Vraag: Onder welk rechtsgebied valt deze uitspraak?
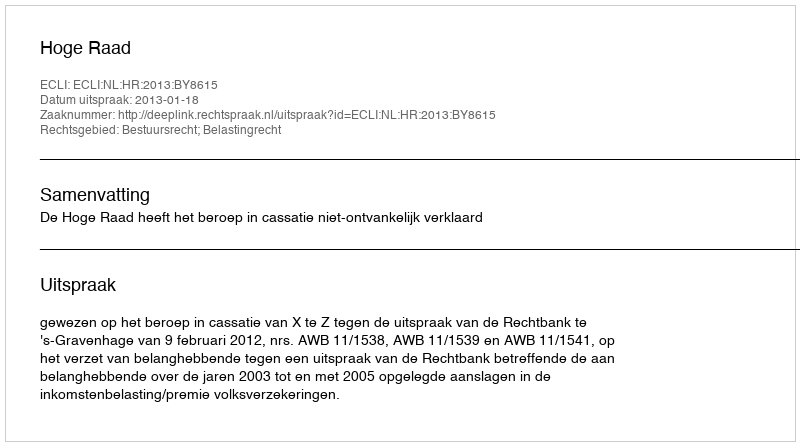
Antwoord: Bestuursrecht; Belastingrecht